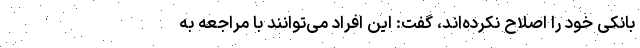
بانکی خود را اصلاح نکرده‌اند، گفت: این افراد می‌توانند با مراجعه به